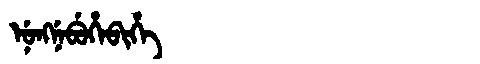
Manchu: ᠨᡠᠩᠨᡝᠪᡠᡥᡝᠪᡳᡥᡝ
Romanization: NUNGNEBUHEBIHE